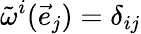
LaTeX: {\tilde{\omega}}^{i}({\vec{e}}_{j})=\delta_{ij}